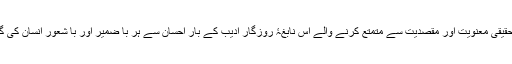
انسانی زندگی کو حقیقی معنویت اور مقصدیت سے متمتع کرنے والے اس نابغۂ روزگار ادیب کے بار احسان سے ہر با ضمیر اور با شعور انسان کی گردن خم رہے گی۔